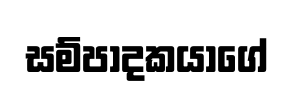
සම්පාදකයාගේ